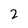
Character: 2